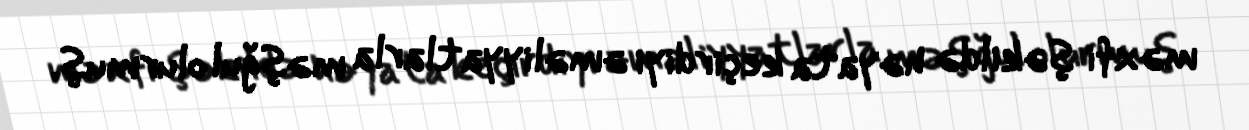
məxfi şəkildə həyata keçirdiyi əməliyyatlarla məşğul olurmuş.